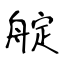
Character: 𦩘